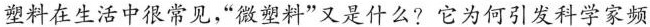
塑料在生活中很常见，“微塑料”又是什么?它为何引发科学家频